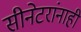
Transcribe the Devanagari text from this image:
सीनेटरांनाही